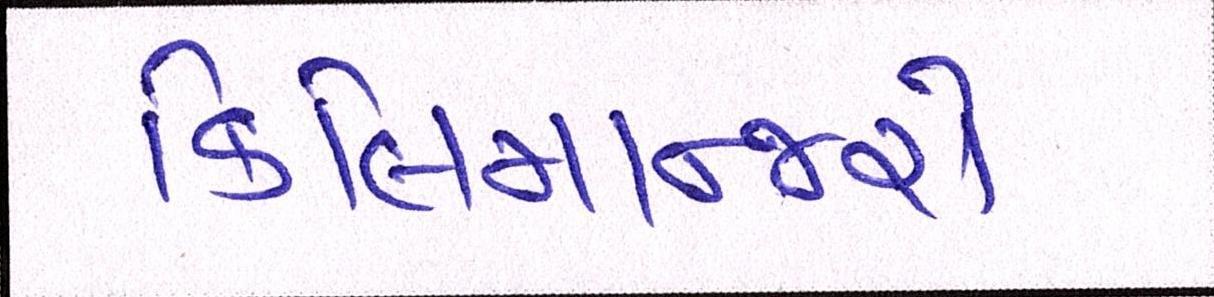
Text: કિલિમાન્જરો